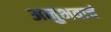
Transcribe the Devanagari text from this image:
अनुभवाचं